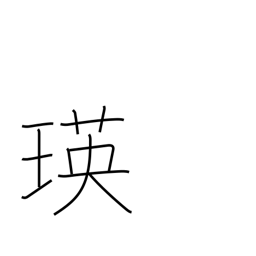
Meaning: sparkle of jewelry